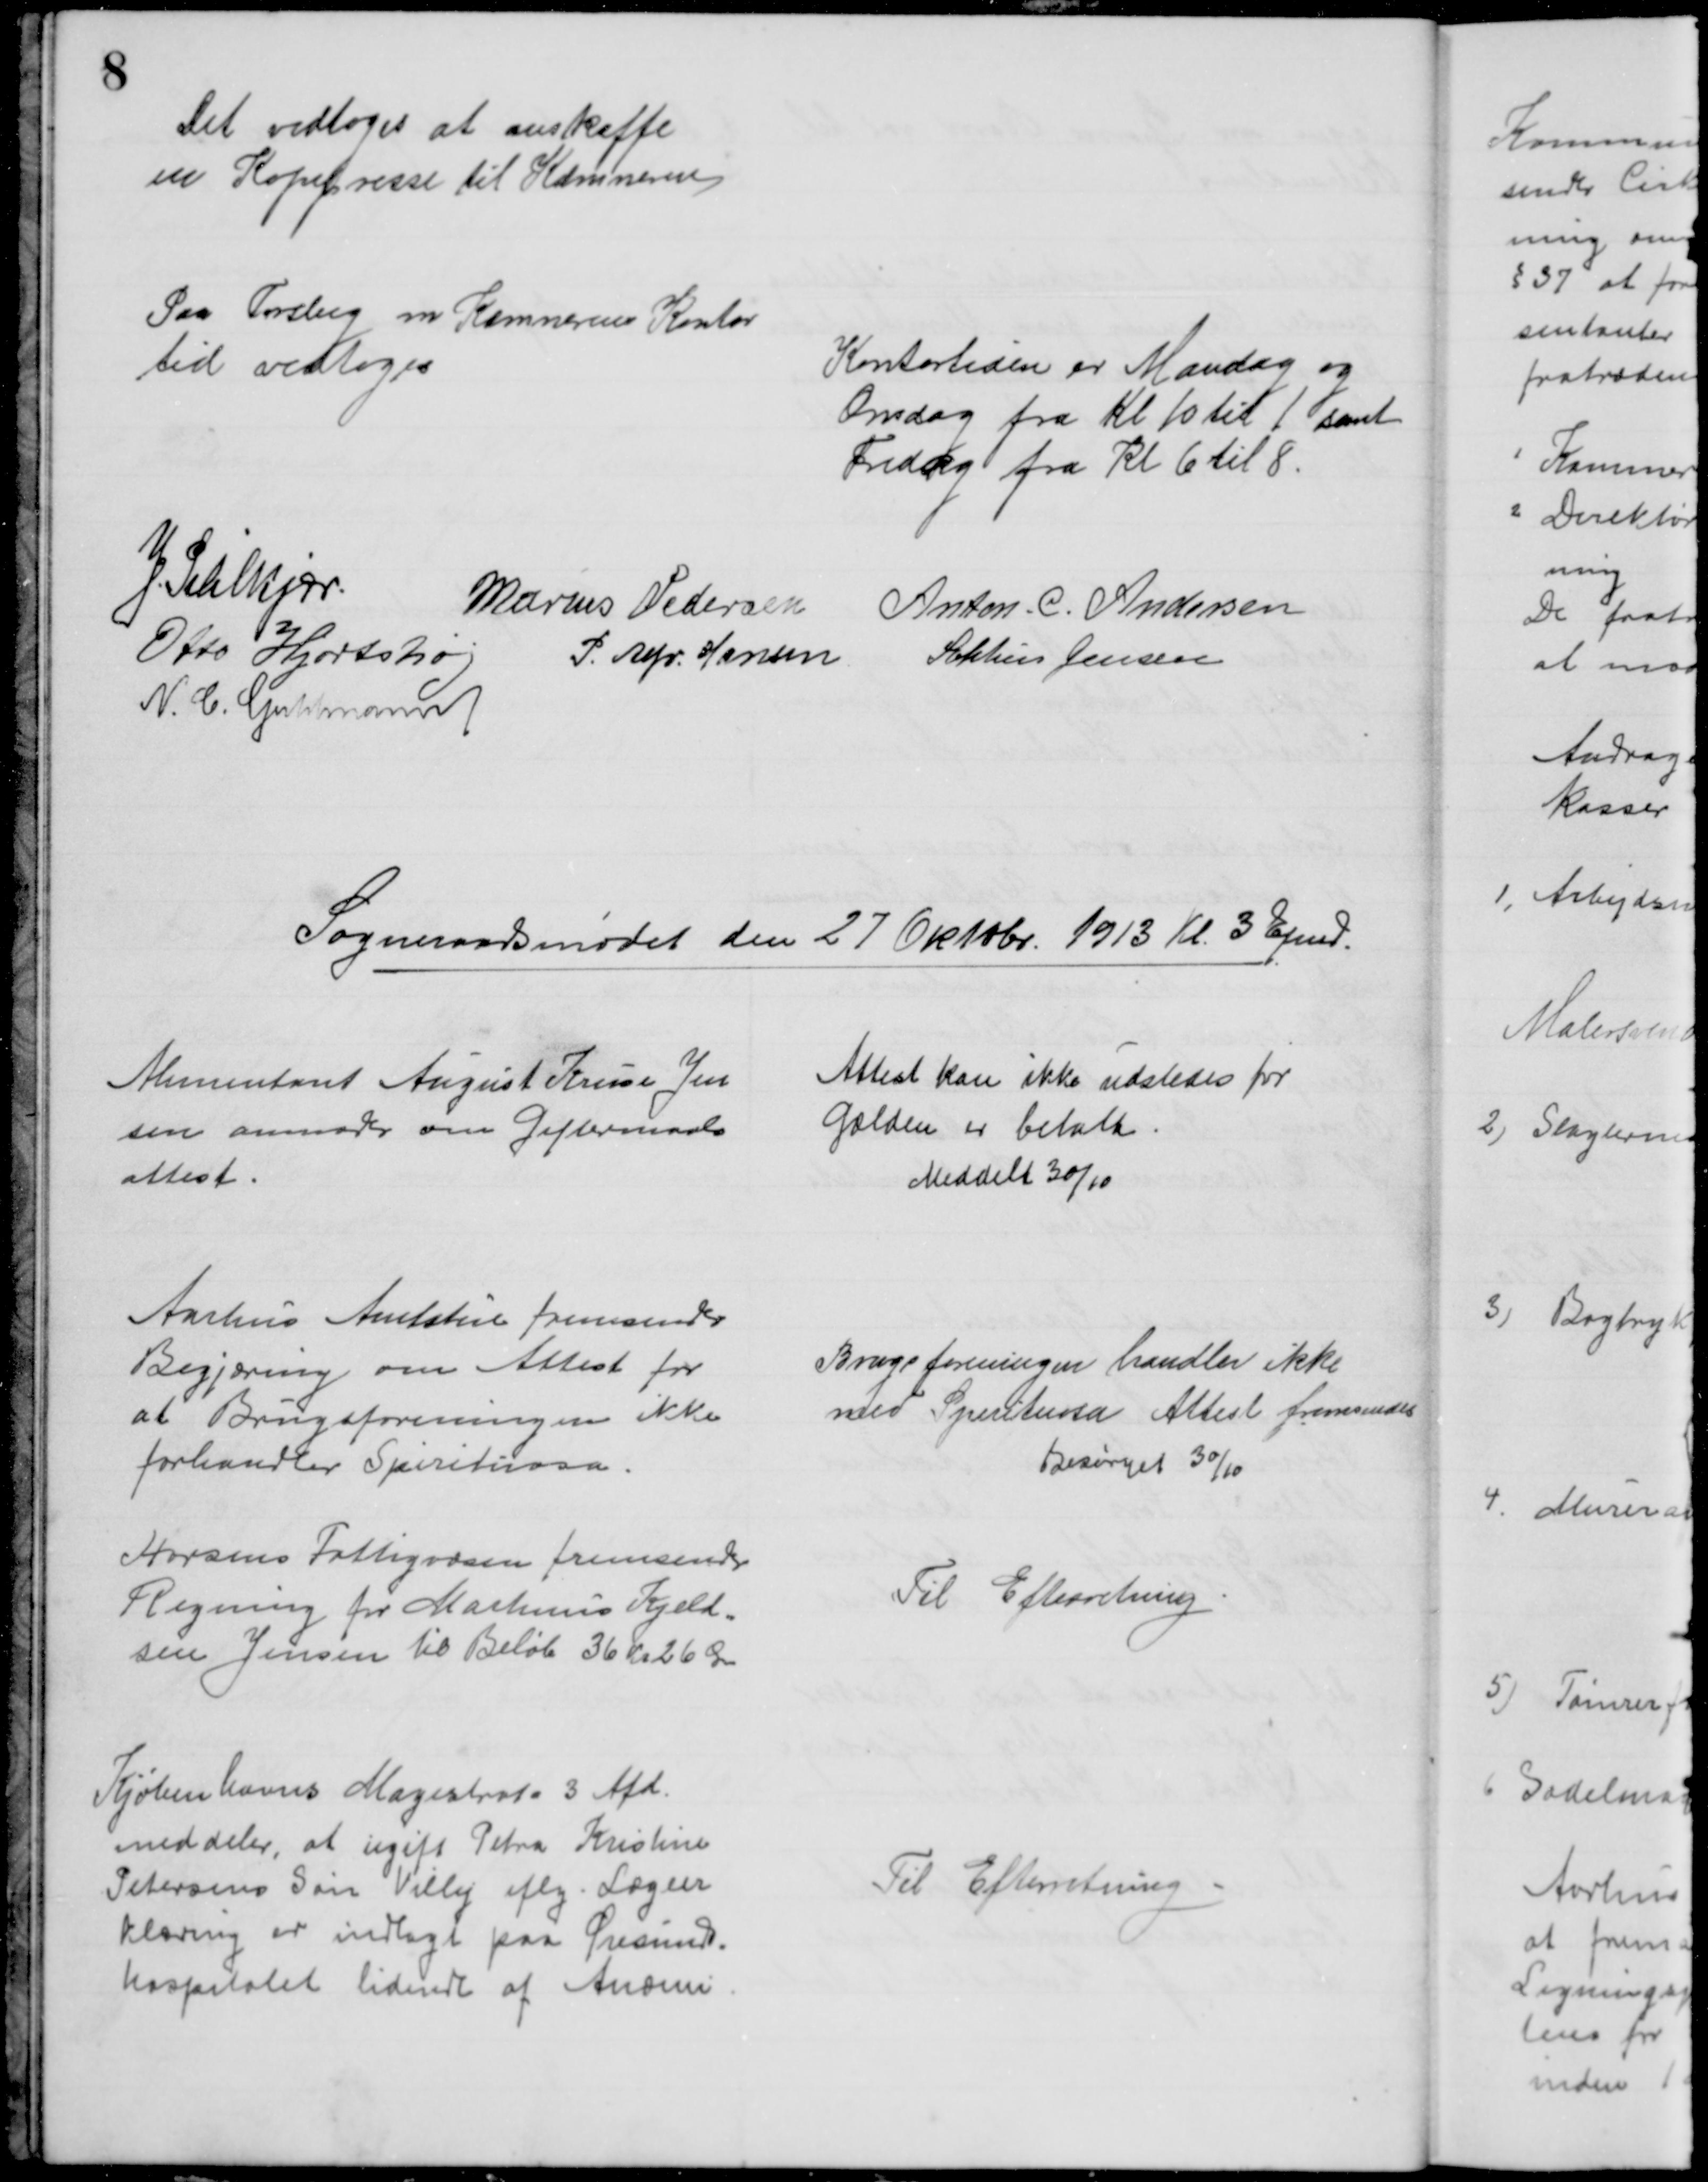
Transskription:
Det vedtoges at anskaffe
en Kopipresse til Kæmneren
Paa Forslag om Kæmnerens Kontor
tid vedtoges
Kontortiden er Mandag og
Onsdag fra Kl 10 til 1 samt
Fredag fra Kl 6 til 8.
J. Pihlkjær
Marius Pedersen
Anton. C. Andersen
Otto Hjortshøj
P. Alfr. Hansen
Sophus Jensen
N. C. Guldmand
Sogneraadsmødet den 27 Oktobr. 1913 Kl. 3 Efmd.
Alimentant August Kruse Jen
sen anmoder om Giftermaals
attest
Attest kan ikke udstedes før
Gælden er betalt.
Meddelt 30/10
Aarhus Amtstue fremsender
Begjæring om Attest for
at Brugsforeningen ikke
forhandler Spirituosa.
Brugsforeningen handler ikke
med Spirituosa Attest fremsendes
Besørget 30/10
Horsens Fattigvæsen fremsender
Regning for Martinus Kjeld=
sen Jensen til Beløb 36 Kr 26 Ør
Til Efterretning
Kjøbenhavns Magistrats 3 Afd.
meddeler, at ugift Petra Kristine
Petersens Søn Villy iflg Lægeer
klæring er indlagt paa Øresunds-
hospitalet lidende af Anæmi
Til Efterretning